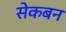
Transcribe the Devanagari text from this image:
सेकबन